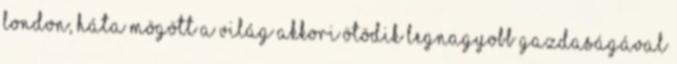
London, háta mögött a világ akkori ötödik legnagyobb gazdaságával